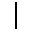
\vert